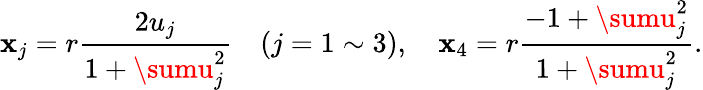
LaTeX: \mathbf{x}_{j}=r\frac{{2u_{j}}}{{1+\sumu_{j}^{2}}}\quad(j=1\sim3),\quad\mathbf{x}_{4}=r\frac{{-1+\sumu_{j}^{2}}}{{1+\sumu_{j}^{2}}}.